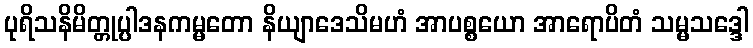
ပုရိသနိမိတ္တုပ္ပါဒနကမ္မတော နိယျာဒေသိမဟံ အာပစ္စယော အာရောပိတံ သမ္မသဒ္ဒေါ